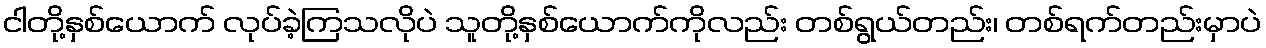
ငါတို့နှစ်ယောက် လုပ်ခဲ့ကြသလိုပဲ သူတို့နှစ်ယောက်ကိုလည်း တစ်ရွယ်တည်း၊ တစ်ရက်တည်းမှာပဲ